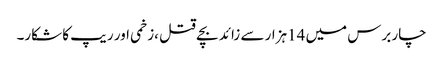
چار برس میں 14ہزار سے زائد بچے قتل ،زخمی اور ریپ کا شکار۔